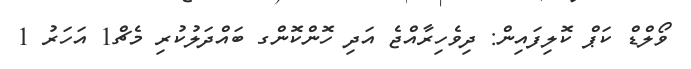
ވޯލްޑް ކަޕް ކޮލިފައިން: ދިވެހިރާއްޖެ އަދި ހޮންކޮންގ ބައްދަލުކުރި މެޗް1 އަހަރު 1